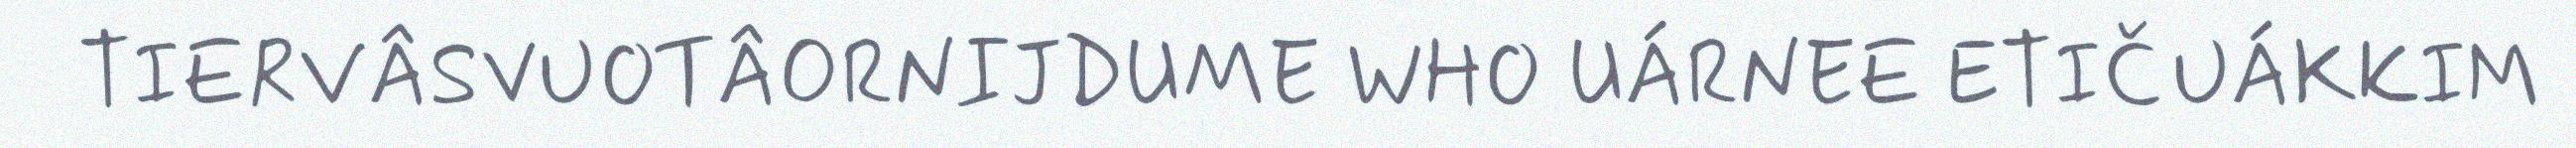
TIERVÂSVUOTÂORNIJDUME WHO UÁRNEE ETIČUÁKKIM